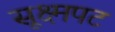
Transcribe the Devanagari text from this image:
सूक्ष्मपट